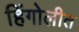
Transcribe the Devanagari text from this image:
हिंगोलीत